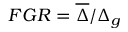
F G R = \overline { { \Delta } } / \Delta _ { g }